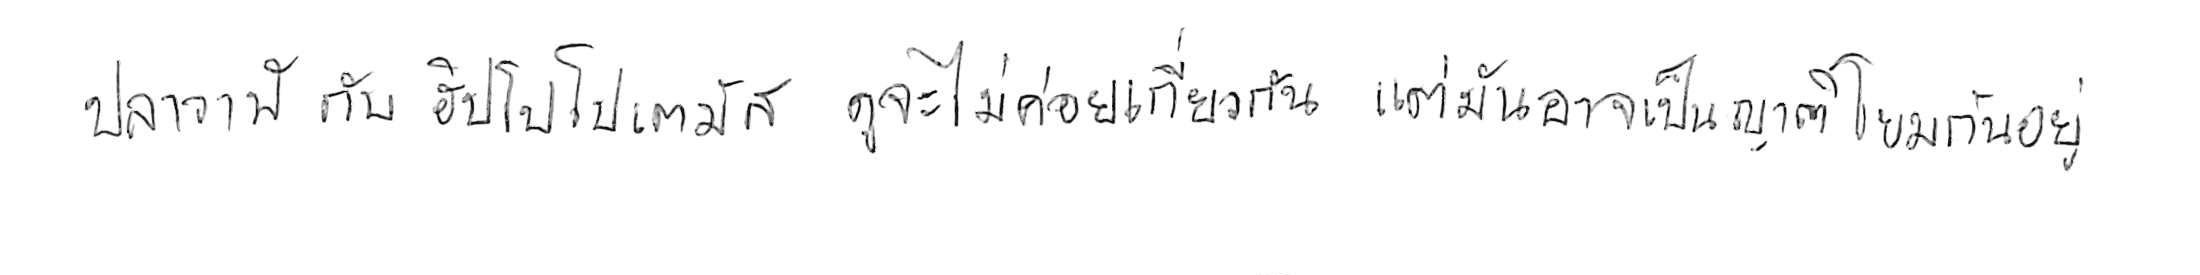
ปลาวาฬ กับ ฮิปโปโปเตมัส ดูจะไม่ค่อยเกี่ยวกัน แต่มันอาจเป็นญาติโยมกันอยู่